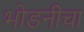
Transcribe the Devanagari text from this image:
भोडनीचा